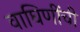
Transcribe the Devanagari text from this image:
वाघिणींची